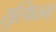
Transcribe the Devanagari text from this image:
सुस्थितम्